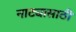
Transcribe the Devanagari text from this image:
नाट्यासाठी